Vaccination report Assam 1896-1927 - 1896-1927
Year: 1896
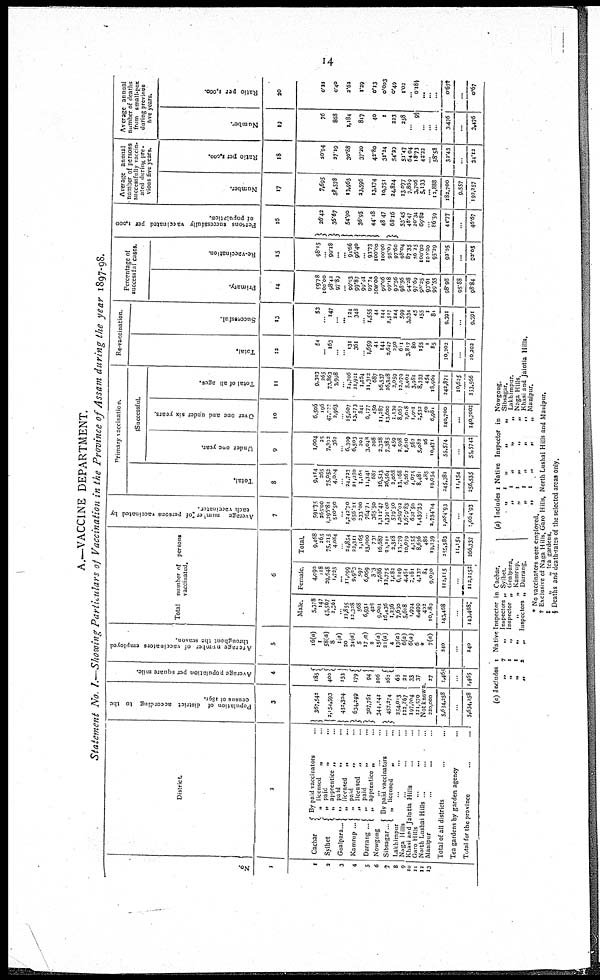
14
A.—VACCINE DEPARTMENT.
Statement No. I.—Showing Particulars of Vaccination in the Province of Assam during the year 1897-98.
No.
1
1
2
3
4
5
6
7
8
9
10
11
12
13
District.
2
Cachar
Sylhet
Goalpara...
Kamrup ...
Darrang ...
Nowgong
Sibsagar ..
By paid vaccinators ...
„ licensed
„ ...
„ paid
„ ...
„ apprentice „ ...
„ Paid „ ...
„ licensed
„ ...
„ paid
„ ...
„ licensed „ ...
„ paid
„ ...
„ apprentice „
...
... ...
By paid vaccinators ...
„ licensed „ ...
Lakhimpur
...
...
...
Naga Hills ... ... ...
Khasi and Jaintia Hills ... ...
Garo Hills ... ... ...
North Lushai Hills ... ... ...
Manipur ... ... ...
Total of all districts ... ... ...
Tea gardens by garden agency ...
Total for the province ... ...
Population of district according to the
census of 1891.
3
367,642
2,154,593
452,304
634,249
307,761
344,141
457,274
254,003
122,867
197,904
121,570
Average population per square mile.
4
185
400
153
179
94
106
162
68
21
33
37
Not known.
220,000
5,604,258
...
5,634,258
27
1,465
...
1,465
Average number of vaccinators employed
throughout the season.
5
16(a)
1
58(a)
8
1 (a)
20
34(a)
5
17(a)
2
15(a)
21(a)
4
13(a)
6(a)
6(a)
6
* 7(a)
240
...
240
Total number of persons
vaccinated.
6
Male.
5,378
147
45,567
2,361
...
12,855
12,328
568
6,931
428
9,001
16,436
1,236
7,630
5,618
1,994
4,499
402
10,089
143,468
...
143,468‡
Female.
4,090
118
29,648
1,723
...
11,099
9,983
597
6,069
303
7,686
12,775
1,082
6,149
4,461
2,161
4,137
84
9,050
112,115
...
112,115‡
Total.
9,468
265
75,215
4,084
...
24,854
22,311
1,165
13,000
731
16,687
20,211
3,318
13,079
10,079
4,155
8,636
486
19,139
255,583
11,154
266,737
Average number of persons vaccinated by
each vaccinator
7
591.75
365.00
1,296.81
510.50
...
1,242.70
656.21
233.00
764.71
365.50
1,112.47
1,391.00
579.50
l,059.92
1,679.83
602.50
1,439.33
2,734.14
1,064.93
...
1,064.93
Primary vaccination.
Total.
8
9,114
265
75,052
4,084
...
24,723
21,050
1,165
11,341
687
16,543
26,564
3,068
13,168
6,262
4,075
8,481
485
19,054
245,381
11,154
256,535
Successful.
Under one year.
9
1,004
25
7,392
362 ...
6,309
6,503
202
3,048
208
2,328
7,385
459
2,598
1,610
562
5,082
26
10,471
55,574
...
55,574‡
Over one and under six years.
10
6,506
196
47,222
2,963
...
15,607
13,273
841
6,177
450
11,287
13,600
1,139
8,067
2,018
1,901
2,532
50
6,981
140,700
...
140,700‡
Total of all ages.
11
9,303
265
73,863
3,998
...
24,706
21,921
1,164
11,312
687
16,537
26,348
2,059
12,079
5,902
3,981
8,333
454
18,960
242,871
10,605
263,566
Re-vaccination.
Total.
12
54
...
163
...
...
131
361
...
1,659
44
144
2,647
250
611
3,817
80
155
1
85
10,202
...
10,202
Successful.
13
53
...
147
...
... 124
348
... 1,555
44
144
2,517
244
599
3,334
45
155
1
81
9,391
...
9,391
Percentage of
successful cases.
Primary.
14
99.78
100.00
98.42
97.80
...
99.03
99.87
99.91
99.74
108.00
90.06
99.18
90.56
98.56
94.28
97.69
98.25
93.61
99.55
98.98
95.88
98.84
Re-vaccination.
15
98.15
... 90.18
... ...
91.66
96.40
... 93.73
100.00
100.00
95.00
97.60
98.04
87.35
56.25
100.00
100.00
95.29
92.05
...
92.05
Persons successfully vaccinated per 1,000
of population.
16
26.42
36.67
54.90
36.95
44.18
48.47
68.16
53.45
48.47
20.34
69.82
...
86.59
44.77
...
46.67
Average annual
number of persons
successfully vaccin-
ated during pre¬
vious five years.
Number.
17
7,695
58,578
13,965
23,596
13,174
10,751
24,824
13,077
7,869
3,706
5,133
...
12,888
182,700
9,557
192,257
Ratio per 1,000.
18
20.94
27.19
30.88
37.20
42.80
31.24
54.29
51.47
64.04
18.73
42.22
... 58.58
32.43
...
34.12
Average annual
number of deaths
from small-pox
during previous
five years.
Number.
19
76
868
1,184
817
40
1
223
258
... 9§
...
...
...
3,476
...
3,476
Ratio per 1,000.
20
0.21
0.40
2.62
1.29
0.13
0.003
0.49
1.02
... 0.18§
...
...
...
0.67†
...
0.67
(a) Includes 1 Native Inspector in Cachar.
„
7
„ Inspectors „ Sylhet.
„
1
„ Inspector „ Goalpara.
„
1
„
„
„ Kamrup.
„
2
„ Inspectors „ Darrang.
(a) Includes 1 Native Inspector in Nowgong.
„
1 „
„
„
Sibsagar.
„
1 „
„
„ Lakhimpur.
„
1 „
„
„ Naga Hills.
„ 1
„
„
„ Khasi and Jaintia Hills.
„ 1 „ „ „ Manipur.
* No vaccinators were employed.
† Exclusive of Naga Hills, Garo Hills, North Lushai Hills and Manipur.
†
„
„ tea gardens.
§ Deaths and death-rates of the selected areas only.